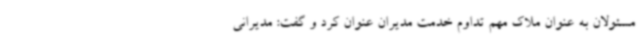
مسئولان به عنوان ملاک مهم تداوم خدمت مدیران عنوان کرد و گفت: مدیرانی